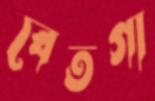
বেতগা